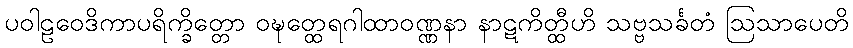
ပဝါဠဝေဒိကာပရိက္ခိတ္တော ဝဍ္ဎတ္ထေရဂါထာဝဏ္ဏနာ နာဋကိတ္ထီဟိ သဗ္ဗသင်္ခတံ ဩသာပေတိ